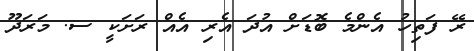
ރޭ ފަތިހު އެންމެ ބޮޑަށް އުދަ އެރި އެއް ރަށަކީ ސ. މަރަދޫ